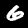
Label: 6